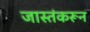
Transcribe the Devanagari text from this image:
जास्तंकरून